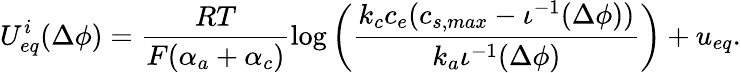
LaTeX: {U_{eq}^{i}}(\Delta\phi)=\frac{RT}{F(\alpha_{a}+\alpha_{c})}\log\left(\frac{k_{c}c_{e}(c_{s,max}-\iota^{-1}(\Delta\phi))}{k_{a}\iota^{-1}(\Delta\phi)}\right)+u_{eq}.